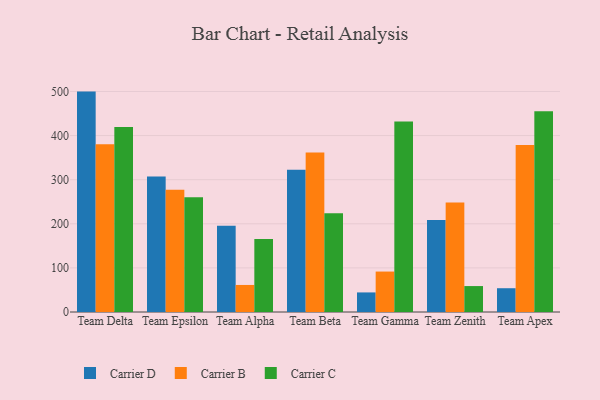
{"axis": {"x": "Team", "y": "Customer Acquisition Cost (USD)"}, "legend": ["Carrier B", "Carrier C", "Carrier D"], "data": [{"x": "Team Delta", "y": 499.7, "type": "Carrier D"}, {"x": "Team Delta", "y": 380.3, "type": "Carrier B"}, {"x": "Team Delta", "y": 419.5, "type": "Carrier C"}, {"x": "Team Epsilon", "y": 307.2, "type": "Carrier D"}, {"x": "Team Epsilon", "y": 276.9, "type": "Carrier B"}, {"x": "Team Epsilon", "y": 260.0, "type": "Carrier C"}, {"x": "Team Alpha", "y": 195.5, "type": "Carrier D"}, {"x": "Team Alpha", "y": 61.3, "type": "Carrier B"}, {"x": "Team Alpha", "y": 165.7, "type": "Carrier C"}, {"x": "Team Beta", "y": 322.6, "type": "Carrier D"}, {"x": "Team Beta", "y": 361.5, "type": "Carrier B"}, {"x": "Team Beta", "y": 223.7, "type": "Carrier C"}, {"x": "Team Gamma", "y": 44.4, "type": "Carrier D"}, {"x": "Team Gamma", "y": 91.7, "type": "Carrier B"}, {"x": "Team Gamma", "y": 432.1, "type": "Carrier C"}, {"x": "Team Zenith", "y": 208.4, "type": "Carrier D"}, {"x": "Team Zenith", "y": 248.1, "type": "Carrier B"}, {"x": "Team Zenith", "y": 58.8, "type": "Carrier C"}, {"x": "Team Apex", "y": 53.9, "type": "Carrier D"}, {"x": "Team Apex", "y": 378.8, "type": "Carrier B"}, {"x": "Team Apex", "y": 455.1, "type": "Carrier C"}]}